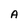
Character: A